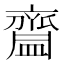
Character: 齍